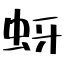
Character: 蚜